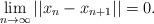
LaTeX: \begin{align*}\lim_{n\to\infty}||x_n-x_{n+1}||=0.\end{align*}